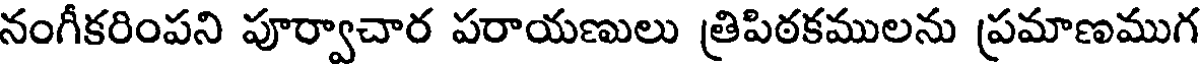
నంగీకరింపని పూర్వాచార పరాయణులు త్రిపిఠకములను ప్రమాణముగ